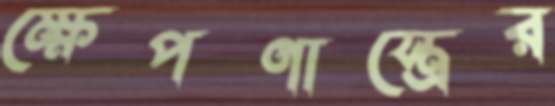
ক্ষেপণাস্ত্রের